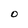
Character: O